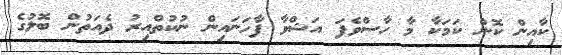
ކާއިން ކޮން ކަމަކާ މާ ހާސްވެފަ އަޝްވާ ފާހަނައިން ނުކުތްއިރު ދެއަތުން ބޮލުގެ